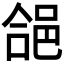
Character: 𮟺